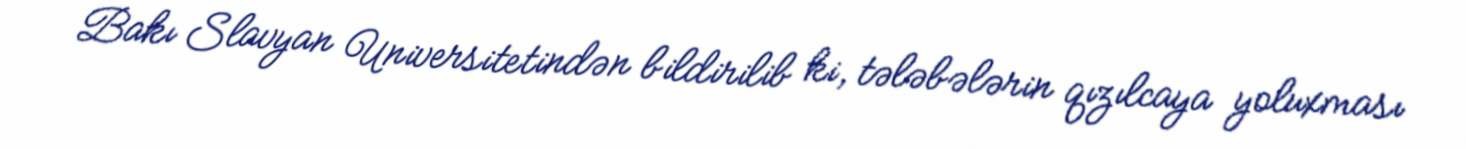
Bakı Slavyan Universitetindən bildirilib ki, tələbələrin qızılcaya yoluxması